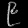
Digit: ၉